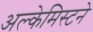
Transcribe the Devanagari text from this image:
अल्केमिस्टने